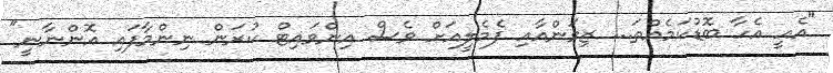
"އެއީ އެހާ ބޮޑުކަމެއްތަ... ޒިވަންއާއި ފެމެލީއަށް ވެސް އިންވައިޓް ކުރަން ނިންމާފައި އޮންނާނީ"